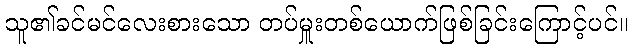
သူ၏ခင်မင်လေးစားသော တပ်မှူးတစ်ယောက်ဖြစ်ခြင်းကြောင့်ပင်။